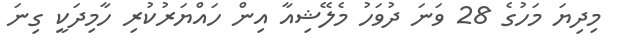
މިދިޔަ މަހުގެ 28 ވަނަ ދުވަހު މެލޭޝިއާ އިން ހައްޔަރުކުރި ހާމިދަކީ ގިނަ